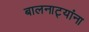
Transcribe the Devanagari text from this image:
बालनाट्यांना